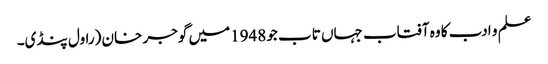
علم و ادب کا وہ آفتاب جہاں تاب جو 1948میں گوجر خان (راول پنڈی۔